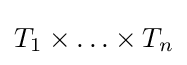
T_{1}\times \ldots \times T_{n}